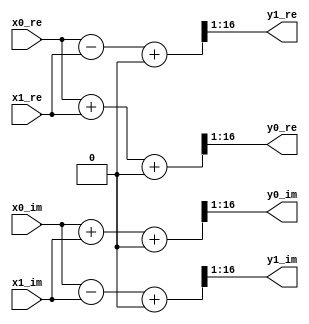
//----------------------------------------------------------------------
//  Butterfly: Add/Sub and Scaling
//----------------------------------------------------------------------
module Butterfly #(
    parameter   WIDTH = 16,
    parameter   RH = 0  //  Round Half Up
)(
    input   signed  [WIDTH-1:0] x0_re,  //  Input Data #0 (Real)
    input   signed  [WIDTH-1:0] x0_im,  //  Input Data #0 (Imag)
    input   signed  [WIDTH-1:0] x1_re,  //  Input Data #1 (Real)
    input   signed  [WIDTH-1:0] x1_im,  //  Input Data #1 (Imag)
    output  signed  [WIDTH-1:0] y0_re,  //  Output Data #0 (Real)
    output  signed  [WIDTH-1:0] y0_im,  //  Output Data #0 (Imag)
    output  signed  [WIDTH-1:0] y1_re,  //  Output Data #1 (Real)
    output  signed  [WIDTH-1:0] y1_im   //  Output Data #1 (Imag)
);

wire signed [WIDTH:0]   add_re, add_im, sub_re, sub_im;

//  Add/Sub
assign  add_re = x0_re + x1_re;
assign  add_im = x0_im + x1_im;
assign  sub_re = x0_re - x1_re;
assign  sub_im = x0_im - x1_im;

//  Scaling
assign  y0_re = (add_re + RH) >>> 1;
assign  y0_im = (add_im + RH) >>> 1;
assign  y1_re = (sub_re + RH) >>> 1;
assign  y1_im = (sub_im + RH) >>> 1;

endmodule